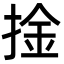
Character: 捦